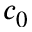
c _ { 0 }